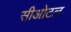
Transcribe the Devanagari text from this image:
सीओटल